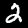
Label: 2